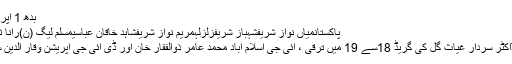
بدھ 1 اپریل 2020 - 14:46
پاکستانمیاں نواز شریفشہباز شریفزلزلہمریم نواز شریفشاہد خاقان عباسیمسلم لیگ (ن)رانا ثناء اللہامیر مقامڈاکٹر
اے آئی جی آپریشنز ڈاکٹر سردار غیاث گل کی گریڈ 18سے 19 میں ترقی ، آئی جی اسلام آباد محمد عامر ذوالفقار خان اور ڈی آئی جی آپریشن وقار الدین سید نے رینک لگائے